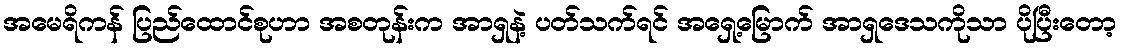
အမေရိကန် ပြည်ထောင်စုဟာ အစတုန်းက အာရှနဲ့ ပတ်သက်ရင် အရှေ့မြောက် အာရှဒေသကိုသာ ပိုပြီးတော့